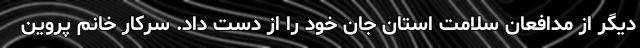
دیگر از مدافعان سلامت استان جان خود را از دست داد. سرکار خانم پروین